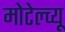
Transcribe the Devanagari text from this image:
मोटेल्च्यू